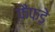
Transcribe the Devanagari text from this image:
फैंफड़े